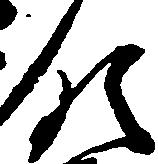
領